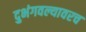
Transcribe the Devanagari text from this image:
दुभंगवल्यावरच